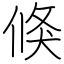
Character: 倏